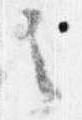
之